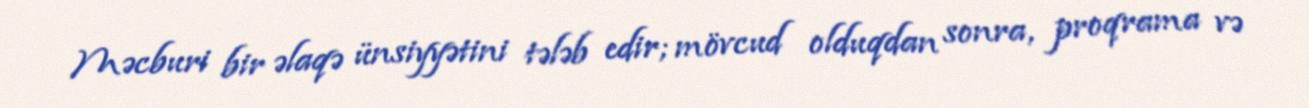
Məcburi bir əlaqə ünsiyyətini tələb edir; mövcud olduqdan sonra, proqrama və